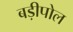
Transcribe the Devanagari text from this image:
बड़ीपोल